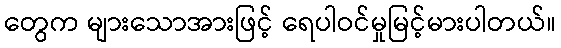
တွေက များသောအားဖြင့် ရေပါဝင်မှုမြင့်မားပါတယ်။